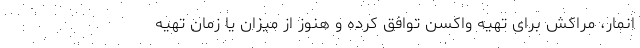
انمار، مراکش برای تهیه واکسن توافق کرده و هنوز از میزان یا زمان تهیه